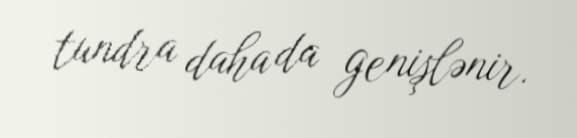
tundra daha da genişlənir.